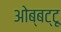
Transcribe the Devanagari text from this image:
ओब्बट्टू